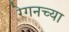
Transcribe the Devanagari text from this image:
रेगनच्या